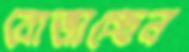
বোজাচ্ছেন